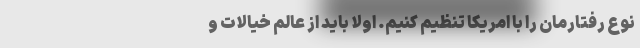
نوع رفتارمان را با امریکا تنظیم کنیم. اولا باید از عالم خیالات و